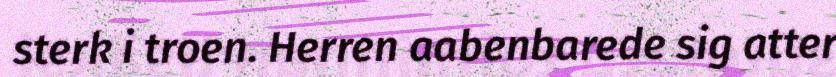
sterk i troen. Herren aabenbarede sig atter